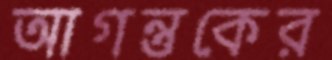
আগন্তুকের